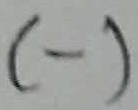
Text: (-)